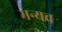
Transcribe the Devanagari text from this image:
मन्यव